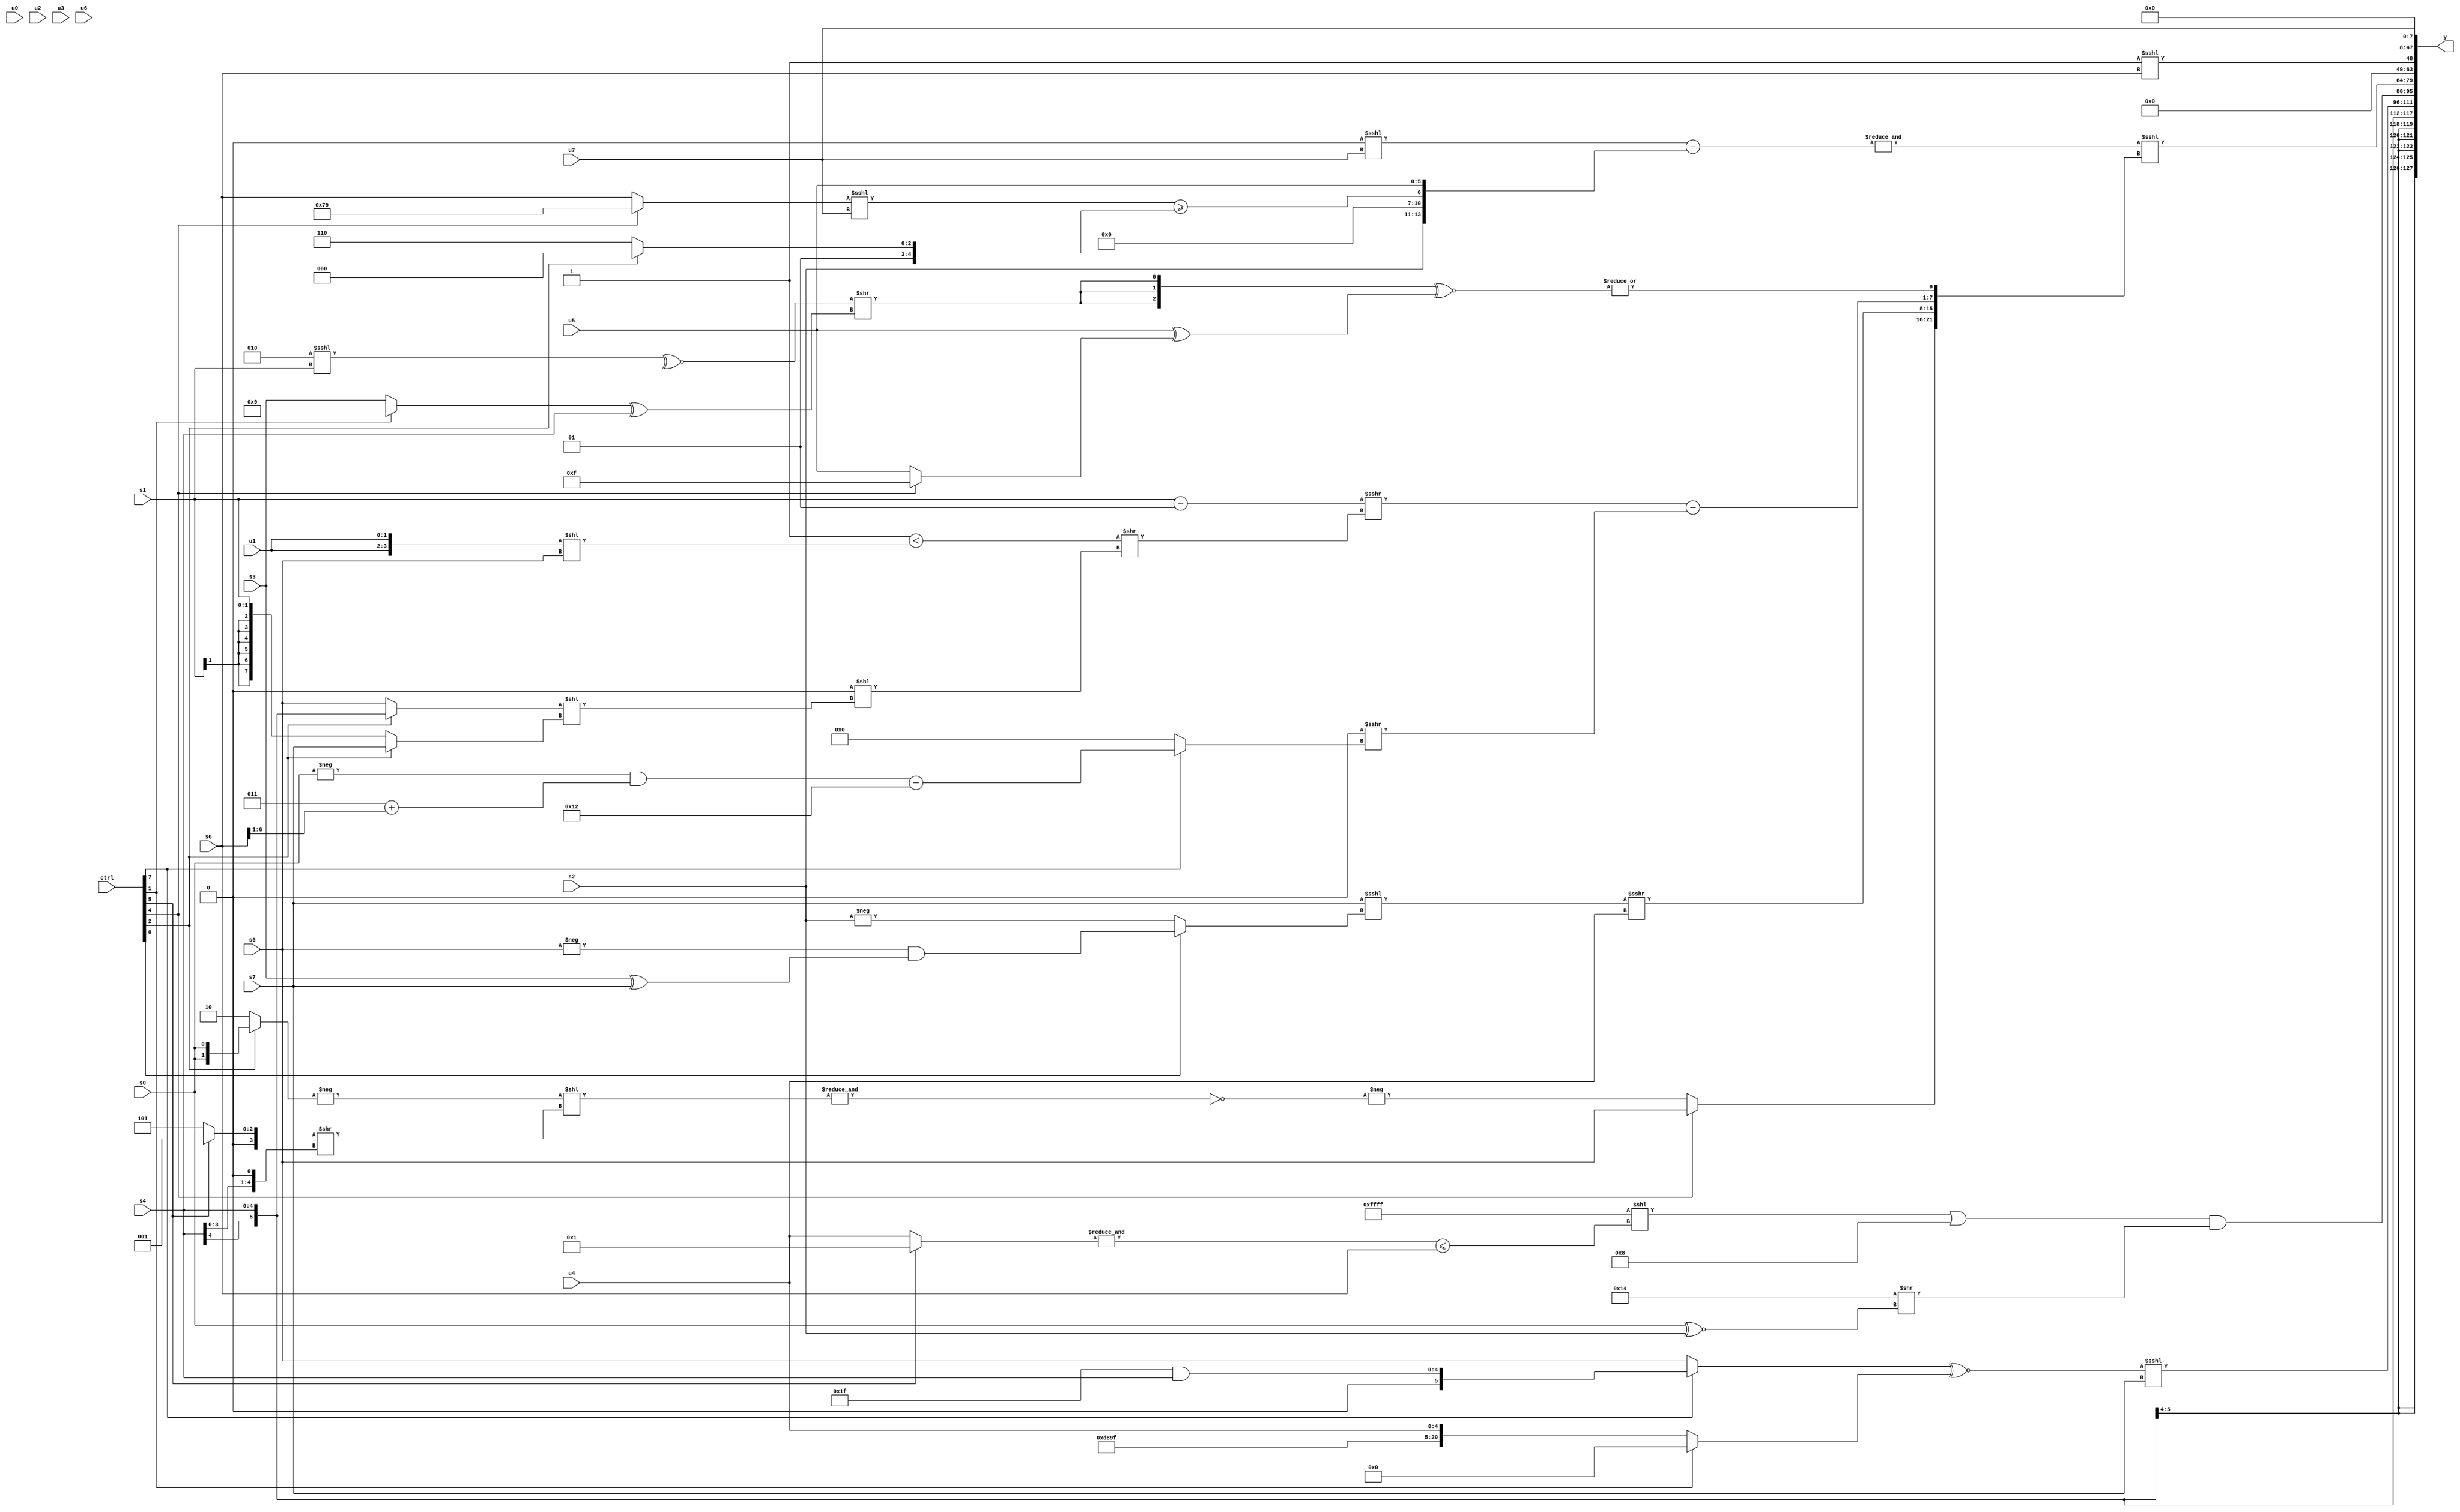
module wideexpr_00168(ctrl, u0, u1, u2, u3, u4, u5, u6, u7, s0, s1, s2, s3, s4, s5, s6, s7, y);
  input [7:0] ctrl;
  input [0:0] u0;
  input [1:0] u1;
  input [2:0] u2;
  input [3:0] u3;
  input [4:0] u4;
  input [5:0] u5;
  input [6:0] u6;
  input [7:0] u7;
  input signed [0:0] s0;
  input signed [1:0] s1;
  input signed [2:0] s2;
  input signed [3:0] s3;
  input signed [4:0] s4;
  input signed [5:0] s5;
  input signed [6:0] s6;
  input signed [7:0] s7;
  output [127:0] y;
  wire [15:0] y0;
  wire [15:0] y1;
  wire [15:0] y2;
  wire [15:0] y3;
  wire [15:0] y4;
  wire [15:0] y5;
  wire [15:0] y6;
  wire [15:0] y7;
  assign y = {y0,y1,y2,y3,y4,y5,y6,y7};
  assign y0 = s4;
  assign y1 = (((ctrl[7]?(6'sb011111)&($signed(s4)):s5))^~((ctrl[1]?$signed((3'sb010)<=(6'sb101010)):+({6'sb110110,5'sb00100,5'sb11111,u4}))))<<<(s7);
  assign y2 = (((-(+({1{1'b1}})))<<((&((ctrl[5]?2'sb01:u4)))<=($unsigned(s6))))|(+(+(($signed(2'sb01))<<(2'sb11)))))&((5'sb10100)>>((s0)^~(s2)));
  assign y3 = (((((-(4'sb0010))<=($signed((3'sb010)&(s3))))!=($unsigned(4'sb1011)))!=(({({2{((ctrl[6]?s0:2'sb10))<<<((1'sb1)>(s5))}})^(s0),((ctrl[6]?($signed(1'sb0))^(s1):(s1)+(+(5'sb10111))))>>(({4{(4'sb1101)&(1'sb0)}})>(~|($unsigned(3'sb101)))),$signed({2{2'sb01}})})<<<(1'sb0)))&(&(($unsigned(((s3)<<($signed(4'b1101)))<<<(u7)))-({s2,4'sb0000,$unsigned((((ctrl[4]?4'sb1001:s6))<<<((u7)<<(1'sb0)))>=($signed((ctrl[2]?5'sb01000:6'sb001110)))),$signed($signed(u5))}))))<<<({(ctrl[4]?s5:-(~&((-($unsigned((ctrl[2]?s0:2'sb10))))<<(((ctrl[5]?2'sb01:5'sb00101))>>((s4)<<($signed(1'sb1))))))),($signed((s7)<<<((ctrl[0]?$signed((-(s5))&((s3)^(s7))):-({s2})))))>>>(u4),(((s1)-(2'sb01))>>>(((+(2'b01))<(({2{u1}})<<(s5)))>>(-((~|(2'sb11))<<(((ctrl[2]?s4:s5))<<((ctrl[2]?s7:s1)))))))-((((s6)^~(s1))<<(4'sb1011))>>>((ctrl[7]?((-($signed(s0)))&((3'sb011)+((s6)>>>(3'b001))))-($signed((~(3'b111))-((6'sb111111)&(4'b0110)))):$signed(+(((6'sb011100)>=(1'sb1))>>>(3'sb011)))))),|(($signed({3{(~^((4'sb0010)<<<(s1)))>>(((ctrl[1]?4'sb1001:s3))^((ctrl[6]?s4:s4)))}}))^~((u5)^((ctrl[4]?4'b1111:u5))))});
  assign y4 = {1{(1'sb1)<<<(s6)}};
  assign y5 = 3'sb000;
  assign y6 = 1'sb0;
  assign y7 = u7;
endmodule